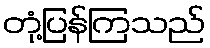
တုံ့ပြန်ကြသည်